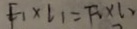
F _ { 1 } \times l _ { 1 } = F _ { 1 } \times l _ { 2 }